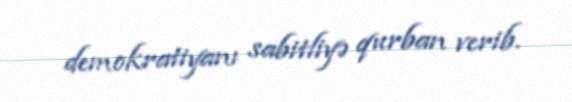
demokratiyanı sabitliyə qurban verib.